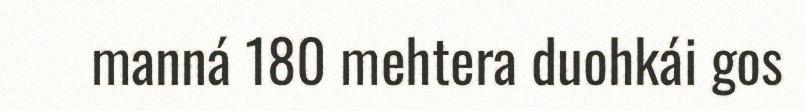
manná 180 mehtera duohkái gos